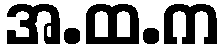
အ.ထ.က